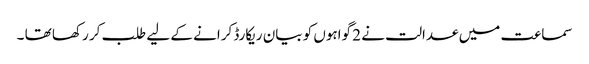
سماعت میں عدالت نے 2 گواہوں کو بیان ریکارڈ کرانے کے لیے طلب کر رکھا تھا ۔